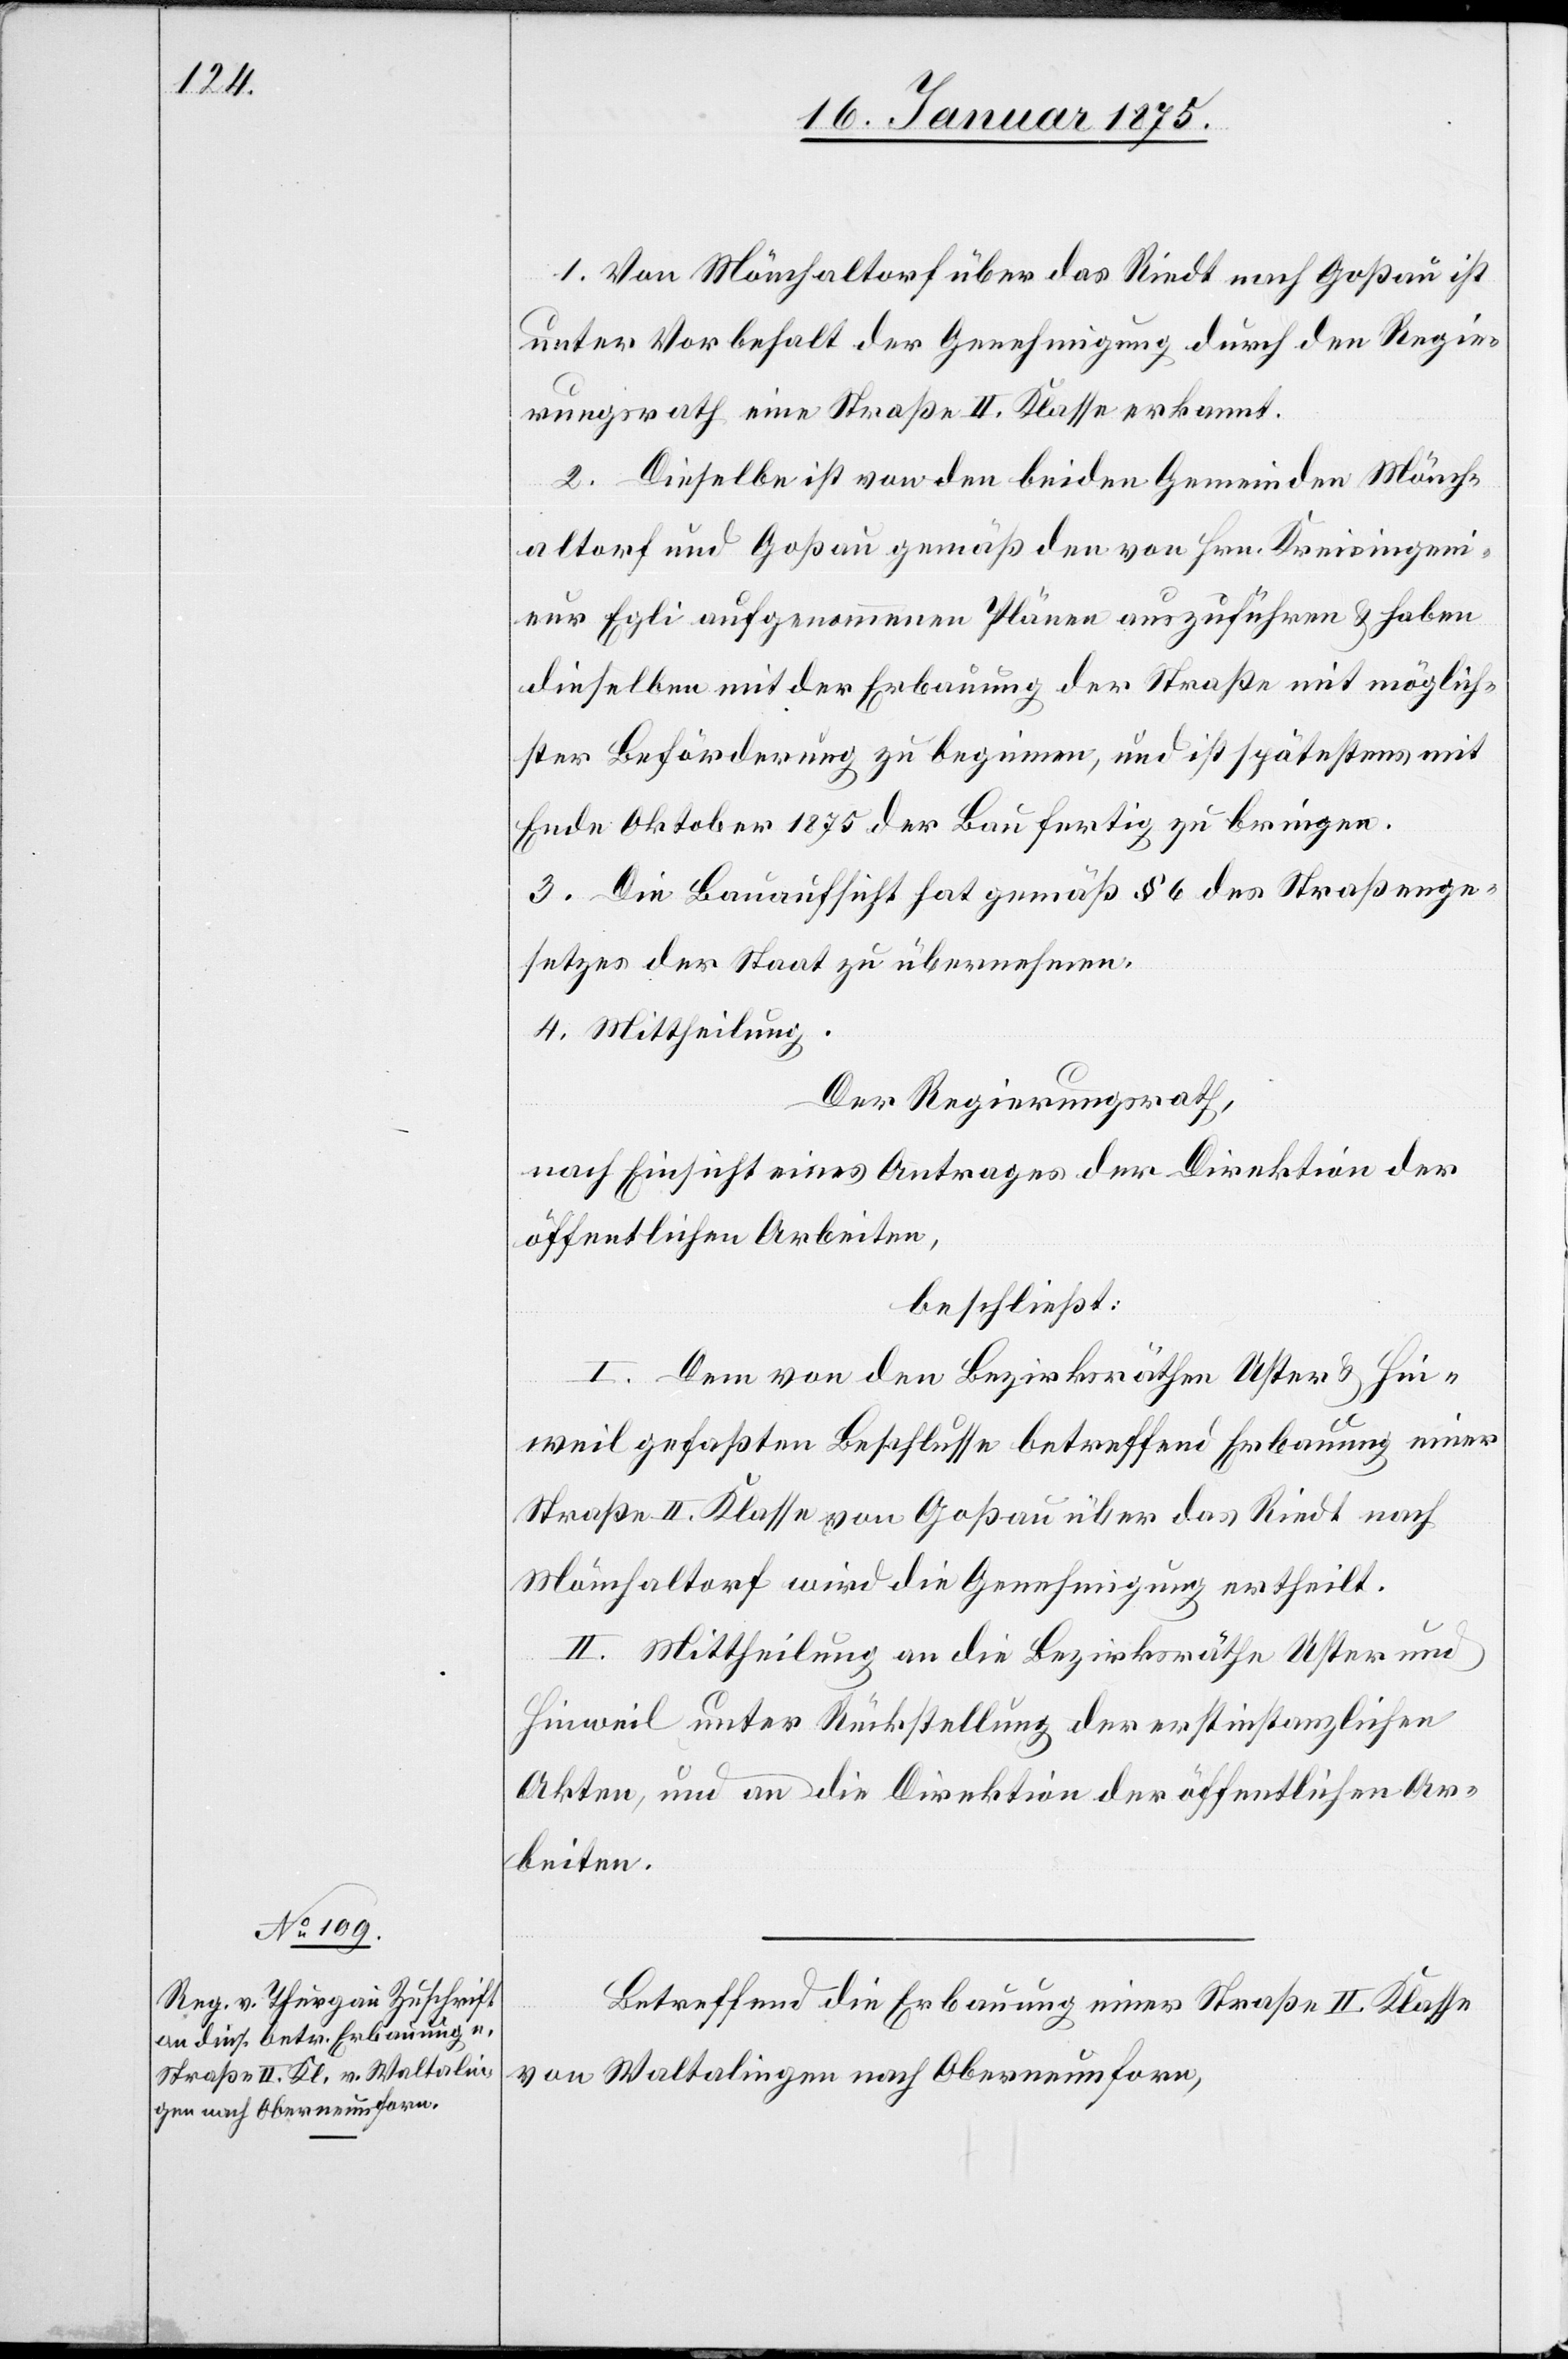
1. Von Mönchaltorf über das Riedt nach Goßau ist
unter Vorbehalt der Genehmigung durch den Regie¬
rungsrath eine Straße II. Klasse erkannt.
2. Dieselbe ist von den beiden Gemeinden Mönch¬
altorf und Goßau gemäß den von Hrn. Kreisingeni¬
eur Egli aufgenommenen Plänen auszuführen & haben
dieselben mit der Erbauung der Straße mit möglich¬
ster Beförderung zu beginnen, und ist spätestens mit
Ende Oktober 1875 der Bau fertig zu bringen.
3. Die Bauaufsicht hat gemäß § 6 des Straßenge¬
setzes der Staat zu übernehmen.
4. Mittheilung.
Der Regierungsrath,
nach Einsicht eines Antrages der Direktion der
öffentlichen Arbeiten,
beschließt:
I. Dem von den Bezirksräthen Uster & Hin¬
weil gefaßten Beschlusse betreffend Erbauung einer
Straße II. Klasse von Goßau über Riedt nach
Mönchaltorf wird die Genehmigung ertheilt.
II. Mittheilung an die Bezirksräthe Uster und
Hinweil unter Rückstellung der erstinstanzlichen
Akten, und an die Direktion der öffentlichen Ar¬
beiten.
Betreffend die Erbauung einer Straße II. Klasse
von Waltalingen nach Oberneunforn,